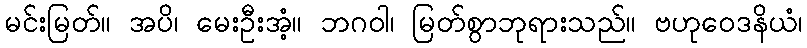
မင်းမြတ်။ အပိ၊ မေးဦးအံ့။ ဘဂဝါ၊ မြတ်စွာဘုရားသည်။ ဗဟုဝေဒနိယံ၊